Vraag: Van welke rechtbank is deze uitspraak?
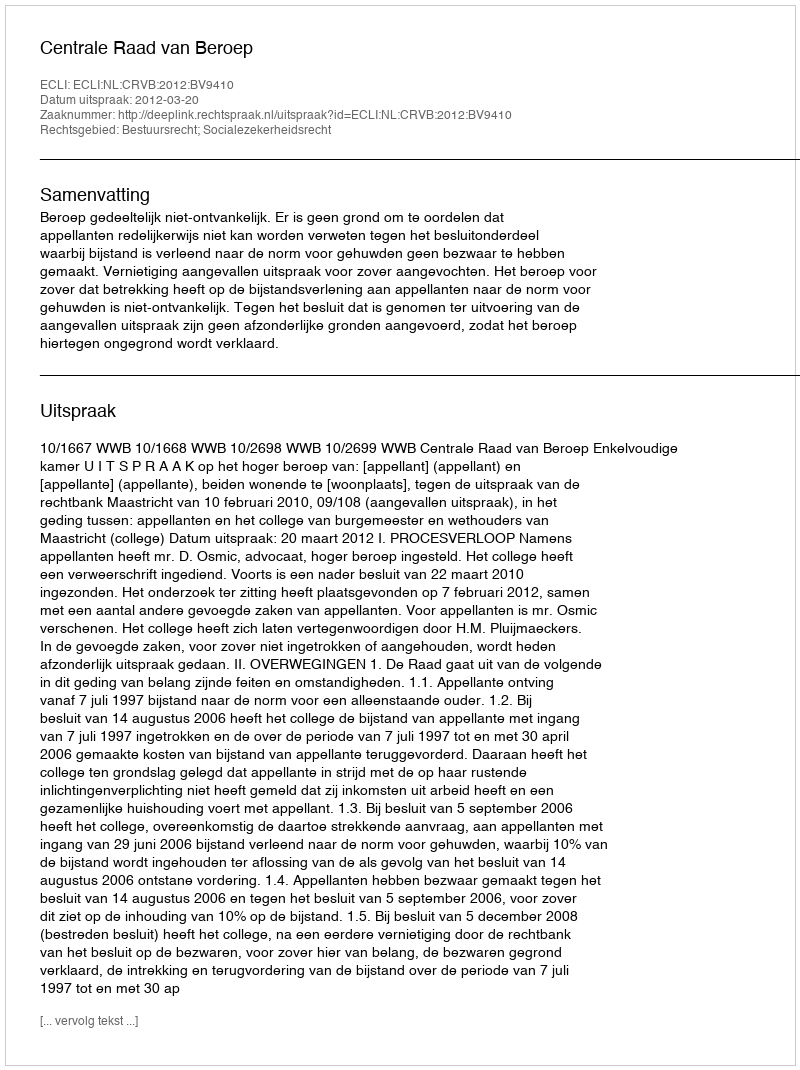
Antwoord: Centrale Raad van Beroep